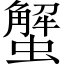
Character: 蟹